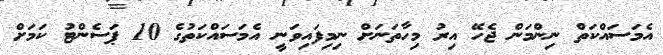
އެމަސައްކަތް ނިންމަން ޖެހޭ އިރު މިހާތަނަށް ނިމިފައިވަނީ އެމަސައްކަތުގެ 10 ޕަސެންޓު ކަމަށް